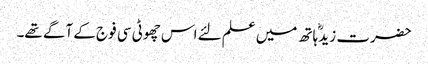
حضرت زیدؓ ہاتھ میں علم لئے اس چھوٹی سی فوج کے آگے تھے۔